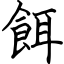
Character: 餌